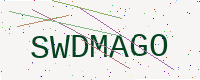
Text: SWDMAGO